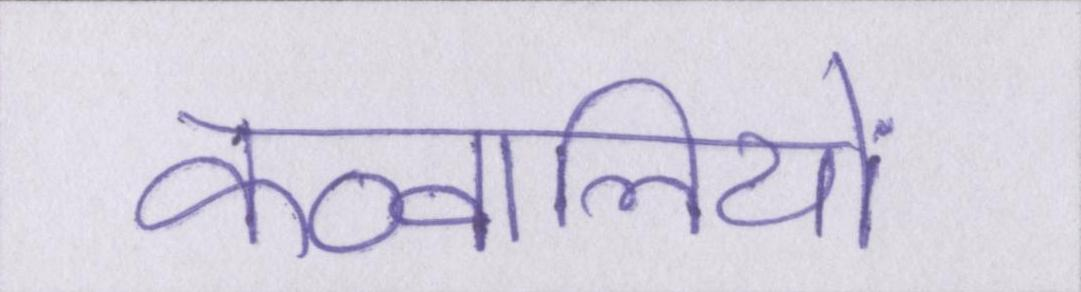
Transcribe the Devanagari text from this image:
कव्वालियों